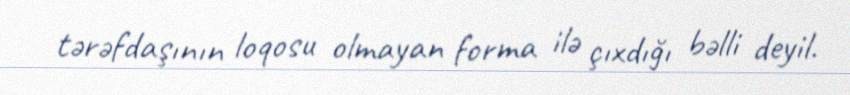
tərəfdaşının loqosu olmayan forma ilə çıxdığı bəlli deyil.